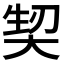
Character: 𭑕